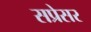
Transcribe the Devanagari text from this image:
सप्रेसर